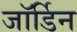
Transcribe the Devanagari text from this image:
जॉर्डिन